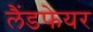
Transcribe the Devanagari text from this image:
लैंडफेयर